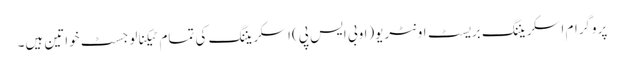
پروگرام اسکریننگ بریسٹ اونٹریو(اوبی ایس پی)اسکریننگ کی تمام ٹیکنالوجسٹ خواتین ہیں۔